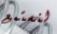
لنستمع